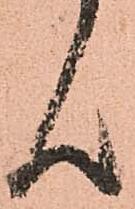
ん